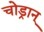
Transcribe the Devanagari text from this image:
चोड्रान्‌